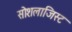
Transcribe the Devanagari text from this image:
सोशलाजिस्ट